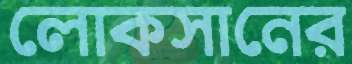
লোকসানের